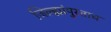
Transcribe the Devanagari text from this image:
जिल्ह्यांपुरताच